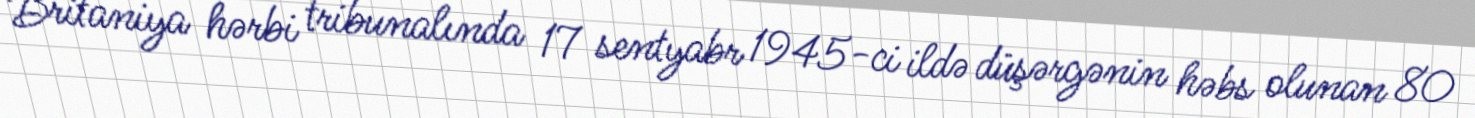
Britaniya hərbi tribunalında 17 sentyabr 1945-ci ildə düşərgənin həbs olunan 80